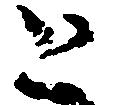
と